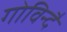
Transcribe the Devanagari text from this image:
गोविन्दै